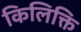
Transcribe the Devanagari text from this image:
किलिक्ति